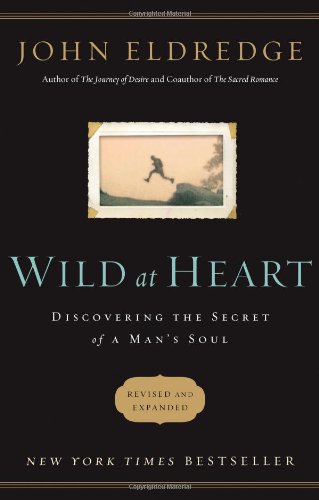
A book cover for Wild at Heart Revised and Updated: Discovering the Secret of a Man's Soul; John Eldredge; Politics & Social Sciences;